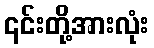
၎င်းတို့အားလုံး